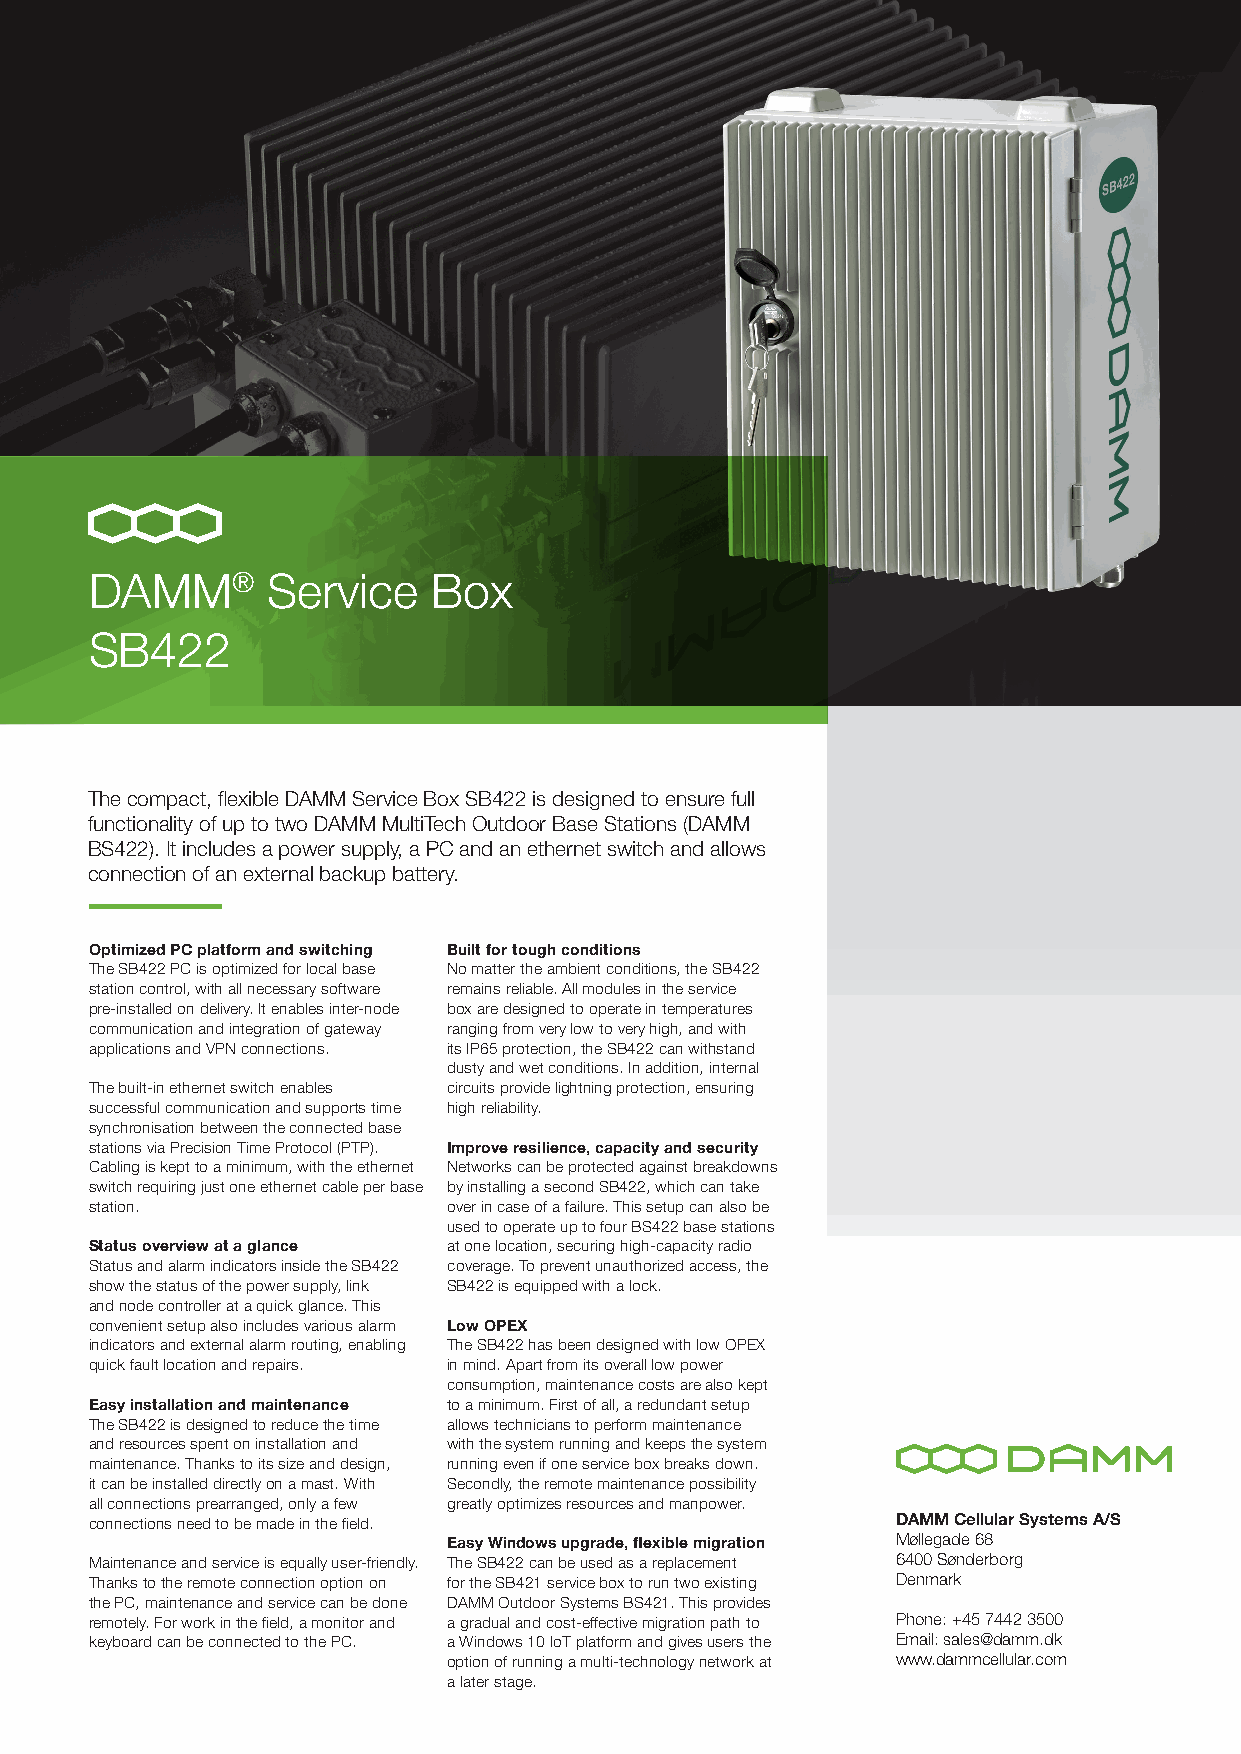
DAMM®       Service    Box
 SB422
 The compact, flexible DAMM Service Box SB422 is designed to ensure full
 functionality of up to two DAMM MultiTech Outdoor Base Stations (DAMM
 BS422). It includes a power supply, a PC and an ethernet switch and allows
 connection of an external backup battery.
 Optimized PC platform and switching Built for tough conditions
 The SB422 PC is optimized for local base No matter the ambient conditions, the SB422
 station control, with all necessary software remains reliable. All modules in the service
 pre-installed on delivery. It enables inter-node box are designed to operate in temperatures
 communication and integration of gateway ranging from very low to very high, and with
 applications and VPN connections. its IP65 protection, the SB422 can withstand
 dusty and wet conditions. In addition, internal
 The built-in ethernet switch enables circuits provide lightning protection, ensuring
 successful communication and supports time high reliability.
 synchronisation between the connected base
 stations via Precision Time Protocol (PTP). Improve resilience, capacity and security
 Cabling is kept to a minimum, with the ethernet Networks can be protected against breakdowns
 switch requiring just one ethernet cable per base by installing a second SB422, which can take
 station.                over in case of a failure. This setup can also be
 used to operate up to four BS422 base stations
 Status overview at a glance at one location, securing high-capacity radio
 Status and alarm indicators inside the SB422 coverage. To prevent unauthorized access, the
 show the status of the power supply, link SB422 is equipped with a lock.
 and node controller at a quick glance. This
 convenient setup also includes various alarm Low OPEX
 indicators and external alarm routing, enabling The SB422 has been designed with low OPEX
 quick fault location and repairs. in mind. Apart from its overall low power
 consumption, maintenance costs are also kept
 Easy installation and maintenance to a minimum. First of all, a redundant setup
 The SB422 is designed to reduce the time allows technicians to perform maintenance
 and resources spent on installation and with the system running and keeps the system
 maintenance. Thanks to its size and design, running even if one service box breaks down.
 it can be installed directly on a mast. With Secondly, the remote maintenance possibility
 all connections prearranged, only a few greatly optimizes resources and manpower.
 connections need to be made in the field.            DAMM Cellular Systems A/S
 Easy Windows upgrade, flexible migration Møllegade 68
 Maintenance and service is equally user-friendly. The SB422 can be used as a replacement 6400 Sønderborg
 Thanks to the remote connection option on for the SB421 service box to run two existing Denmark
 the PC, maintenance and service can be done DAMM Outdoor Systems BS421. This provides
 remotely. For work in the field, a monitor and a gradual and cost-effective migration path to Phone: +45 7442 3500
 keyboard can be connected to the PC. a Windows 10 IoT platform and gives users the Email: sales@damm.dk
 option of running a multi-technology network at www.dammcellular.com
 a later stage.